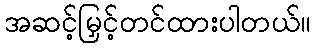
အဆင့်မြှင့်တင်ထားပါတယ်။